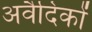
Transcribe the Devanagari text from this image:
अवैदिकों